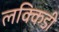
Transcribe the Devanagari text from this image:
लक्किडी